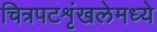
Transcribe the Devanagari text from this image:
चित्रपटशृंखलेमध्ये